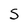
Character: S